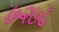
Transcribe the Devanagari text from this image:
७२७६